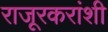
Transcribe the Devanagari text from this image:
राजूरकरांशी